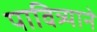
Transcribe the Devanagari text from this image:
पावित्र्याने